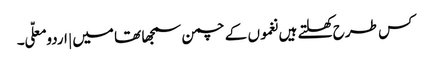
کس طرح کھلتے ہیں نغموں کے چمن سمجھا تھا میں | اردو معلّی ۔